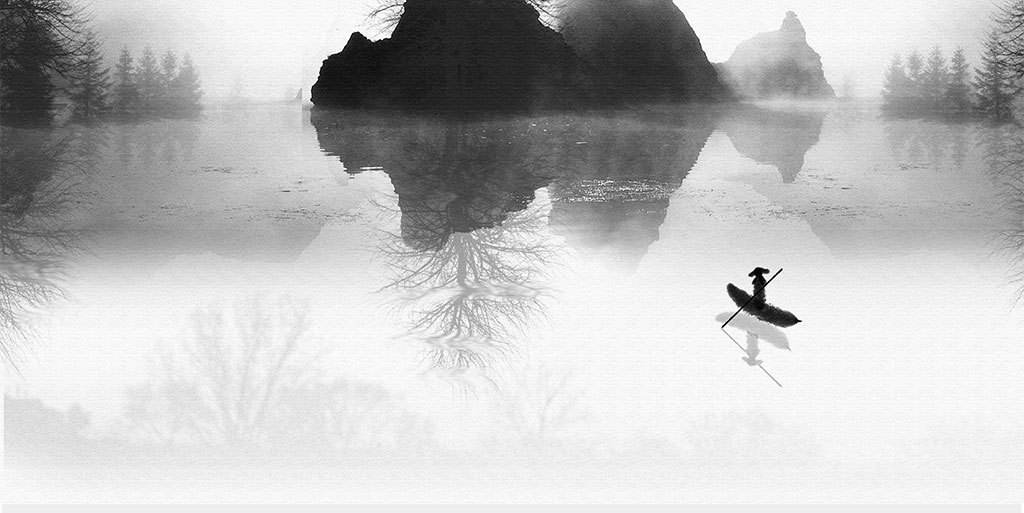
谷鸟吟晴日，江猿啸晚风。